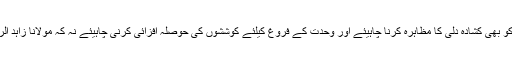
اگر اب علماء نے ذمہ دارانہ کردار ادا کرنا شروع کیا ہے تو نسل نوء کو بھی کشادہ دلی کا مظاہرہ کرنا چاہیئے اور وحدت کے فروغ کیلئے کوششوں کی حوصلہ افزائی کرنی چاہیئے نہ کہ مولانا زاہد الراشدی کی اتحاد امت کیلئے کاوشوں پر انہیں تنقید کا نشانہ بنانا چاہیئے۔